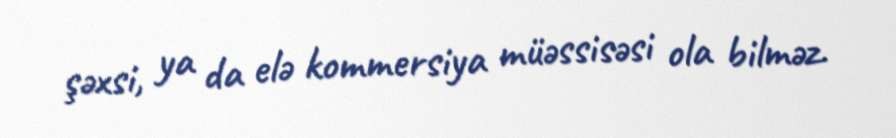
şəxsi, ya da elə kommersiya müəssisəsi ola bilməz.